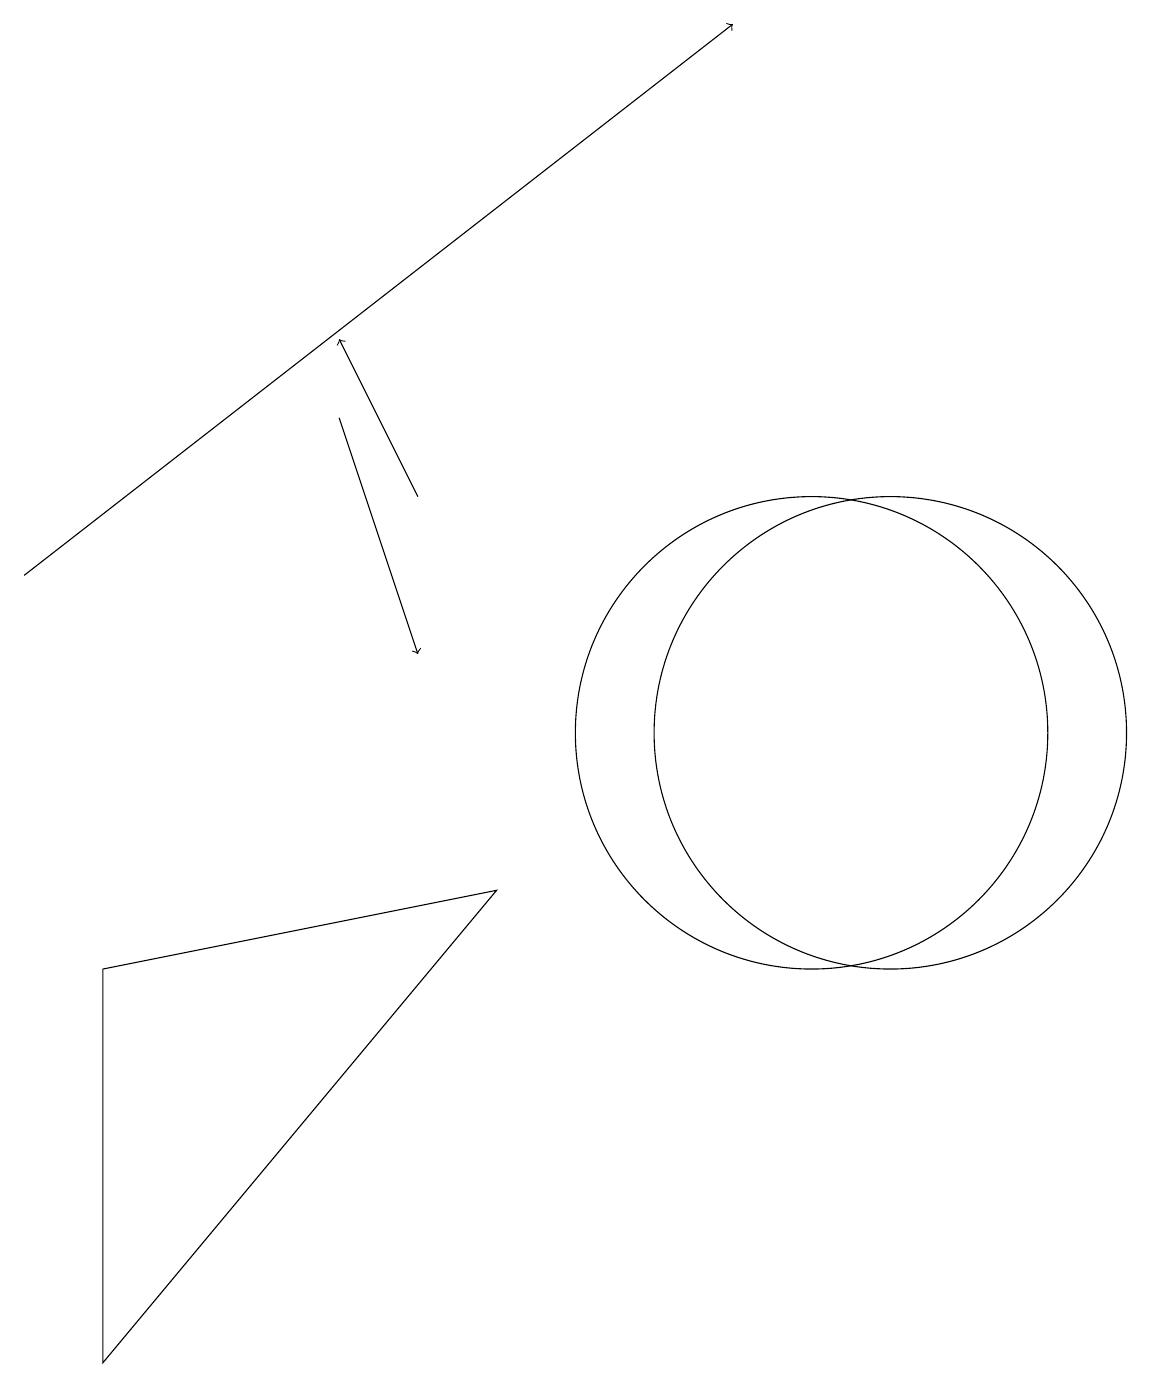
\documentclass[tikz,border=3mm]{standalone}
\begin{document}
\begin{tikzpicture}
\draw (11,10) circle (3);
\draw (10,10) circle (3);
\draw[->] (0,12) -- (9,19);
\draw (1,2) -- (6,8) -- (1,7) -- cycle;
\draw[->] (4,14) -- (5,11);
\draw[->] (5,13) -- (4,15);
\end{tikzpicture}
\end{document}